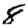
Digit: 8